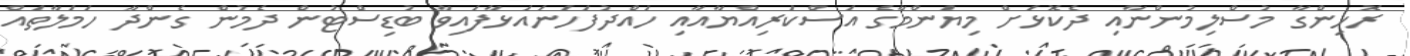
ރޮހިންގާ މުސްލިމުންނާއި ދެކޮޅަށް މިޔަންމާގެ އަސްކަރިއްޔާއާއި ހައްދުފަހަނައަޅާފައިވާ ބުޑިސްޓުން ދެމުން ގެންދާ ހަމަލާތައް